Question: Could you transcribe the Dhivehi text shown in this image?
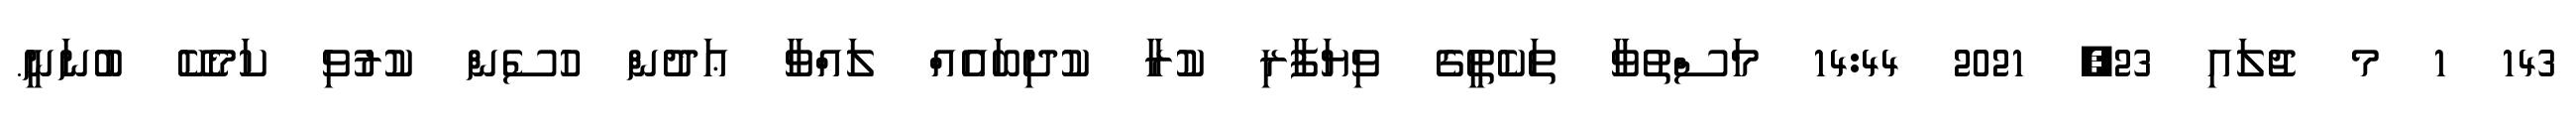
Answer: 143 1 މ ޖުލައި 23, 2021 14:44 މަސްތުވާ ތަކެތީގެ ވިޔަފާރި ކުރާ ކުދިބައެއް ލައްވާ ޢަދުން ހުސެން ކުރުވި ކަމެކޭ ބުނަނީ.